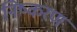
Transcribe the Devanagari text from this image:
निष्करण